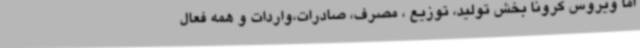
اما ویروس کرونا بخش تولید، توزیع ، مصرف، صادرات،واردات و همه فعال